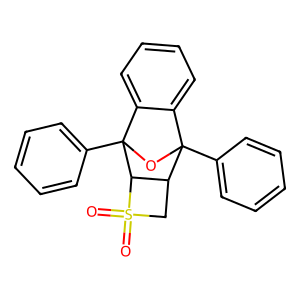
SMILES: O=S1(=O)CC2C1C1(c3ccccc3)OC2(c2ccccc2)c2ccccc21
Inhibits HIV replication: No